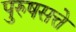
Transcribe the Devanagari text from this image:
पुरुषसत्ते